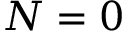
N = 0